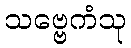
သဗ္ဗေကံသု